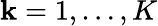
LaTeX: \mathbf{k}=1,\dots,K